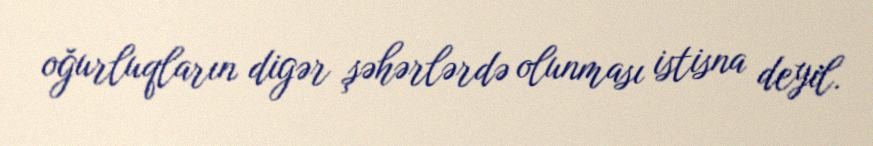
oğurluqların digər şəhərlərdə olunması istisna deyil.